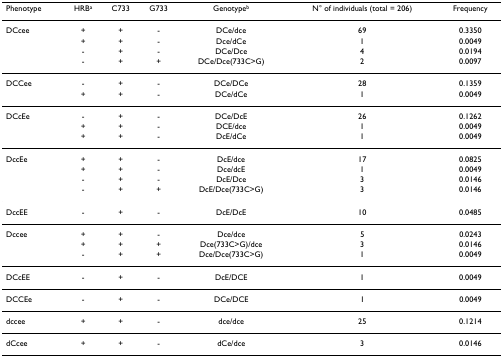
<table><thead><tr><td><b>Phenotype</b></td><td><b>HRB<sup>a</sup></b></td><td><b>C733</b></td><td><b>G733</b></td><td><b>Genotype<sup>b</sup></b></td><td><b>N° of individuals (total = 206)</b></td><td><b>Frequency</b></td></tr></thead><tbody><tr><td>DCcee</td><td>+</td><td>+</td><td>-</td><td>DCe/dce</td><td>69</td><td>0.3350</td></tr><tr><td></td><td>+</td><td>+</td><td>-</td><td>Dce/dCe</td><td>1</td><td>0.0049</td></tr><tr><td></td><td>-</td><td>+</td><td>-</td><td>DCe/Dce</td><td>4</td><td>0.0194</td></tr><tr><td></td><td>-</td><td>+</td><td>+</td><td>DCe/Dce(733C&gt;G)</td><td>2</td><td>0.0097</td></tr><tr><td>DCCee</td><td>-</td><td>+</td><td>-</td><td>DCe/DCe</td><td>28</td><td>0.1359</td></tr><tr><td></td><td>+</td><td>+</td><td>-</td><td>DCe/dCe</td><td>1</td><td>0.0049</td></tr><tr><td>DCcEe</td><td>-</td><td>+</td><td>-</td><td>DCe/DcE</td><td>26</td><td>0.1262</td></tr><tr><td></td><td>+</td><td>+</td><td>-</td><td>DCE/dce</td><td>1</td><td>0.0049</td></tr><tr><td></td><td>+</td><td>+</td><td>-</td><td>DcE/dCe</td><td>1</td><td>0.0049</td></tr><tr><td>DccEe</td><td>+</td><td>+</td><td>-</td><td>DcE/dce</td><td>17</td><td>0.0825</td></tr><tr><td></td><td>+</td><td>+</td><td>-</td><td>Dce/dcE</td><td>1</td><td>0.0049</td></tr><tr><td></td><td>-</td><td>+</td><td>-</td><td>DcE/Dce</td><td>3</td><td>0.0146</td></tr><tr><td></td><td>-</td><td>+</td><td>+</td><td>DcE/Dce(733C&gt;G)</td><td>3</td><td>0.0146</td></tr><tr><td>DccEE</td><td>-</td><td>+</td><td>-</td><td>DcE/DcE</td><td>10</td><td>0.0485</td></tr><tr><td>Dccee</td><td>+</td><td>+</td><td>-</td><td>Dce/dce</td><td>5</td><td>0.0243</td></tr><tr><td></td><td>+</td><td>+</td><td>+</td><td>Dce(733C&gt;G)/dce</td><td>3</td><td>0.0146</td></tr><tr><td></td><td>-</td><td>+</td><td>+</td><td>Dce/Dce(733C&gt;G)</td><td>1</td><td>0.0049</td></tr><tr><td>DCcEE</td><td>-</td><td>+</td><td>-</td><td>DcE/DCE</td><td>1</td><td>0.0049</td></tr><tr><td>DCCEe</td><td>-</td><td>+</td><td>-</td><td>DCe/DCE</td><td>1</td><td>0.0049</td></tr><tr><td>dccee</td><td>+</td><td>+</td><td>-</td><td>dce/dce</td><td>25</td><td>0.1214</td></tr><tr><td>dCcee</td><td>+</td><td>+</td><td>-</td><td>dCe/dce</td><td>3</td><td>0.0146</td></tr></tbody></table>